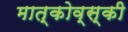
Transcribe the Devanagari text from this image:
मात्कोव्स्की